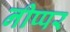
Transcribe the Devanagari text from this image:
नीप्पर